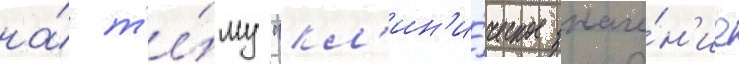
на́ т'е́му "кл'ин'и́ческое значе́н'ие